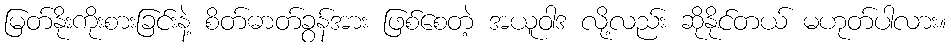
မြတ်နိုးကိုးစားခြင်းနဲ့ စိတ်ဓာတ်ခွန်အား ဖြစ်စေတဲ့ အယူဝါဒ လို့လည်း ဆိုနိုင်တယ် မဟုတ်ပါလား။